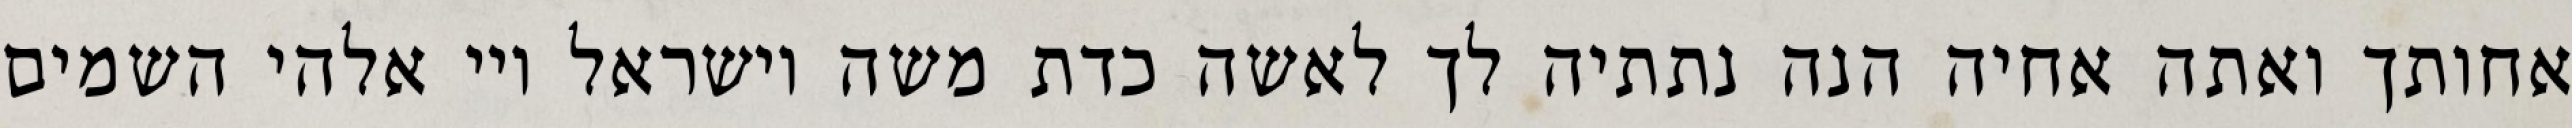
אחותך ואתה אחיה הנה נתתיה לך לאשה כדת משה וישראל ויי אלהי השמים